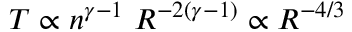
T \propto n ^ { \gamma - 1 } ~ R ^ { - 2 ( \gamma - 1 ) } \propto R ^ { - 4 / 3 }